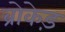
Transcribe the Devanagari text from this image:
ब्रोकेड़